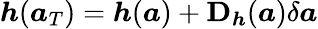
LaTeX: \boldsymbol{h}(\boldsymbol{a}_{T})=\boldsymbol{h}(\boldsymbol{a})+\mathbf{D}_{\boldsymbol{h}}(\boldsymbol{a})\delta\boldsymbol{a}